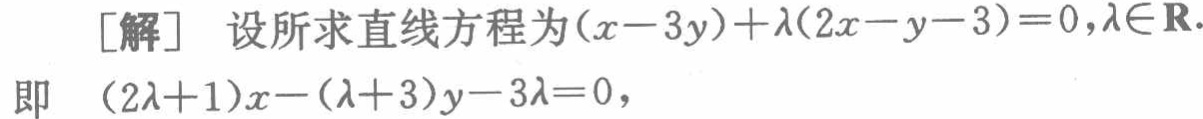
\[
\begin{align*}
[解]&\text{ 设所求直线方程为}(x - 3y)+\lambda(2x - y - 3)=0,\lambda\in\mathbf{R}.\\
&\text{即 }(2\lambda + 1)x-(\lambda + 3)y-3\lambda = 0,
\end{align*}
\]